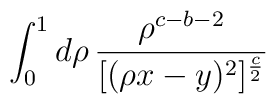
\int_0^1 d\rho \, \frac{\rho^{c-b-2}}{[(\rho x - y)^2]^\frac{c}{2}}